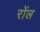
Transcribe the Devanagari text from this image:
रोंल